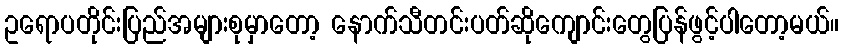
ဥရောပတိုင်းပြည်အများစုမှာတော့ နောက်သီတင်းပတ်ဆိုကျောင်းတွေပြန်ဖွင့်ပါတော့မယ်။